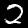
Digit: 2